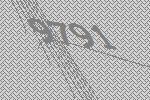
9791